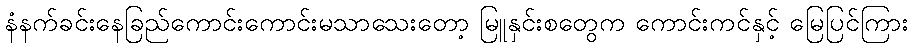
နံနက်ခင်းနေခြည်ကောင်းကောင်းမသာသေးတော့ မြူနှင်းစတွေက ကောင်းကင်နှင့် မြေပြင်ကြား